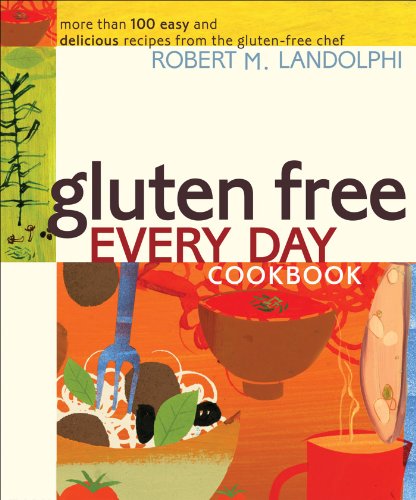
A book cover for Gluten Free Every Day Cookbook: More than 100 Easy and Delicious Recipes from the Gluten-Free Chef; Robert Landolphi; Health, Fitness & Dieting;